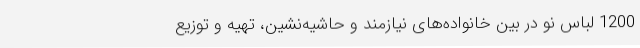
1200 لباس نو در بین خانواده‌های نیازمند و حاشیه‌نشین، تهیه و توزیع